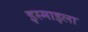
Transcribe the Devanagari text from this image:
इस्माइला